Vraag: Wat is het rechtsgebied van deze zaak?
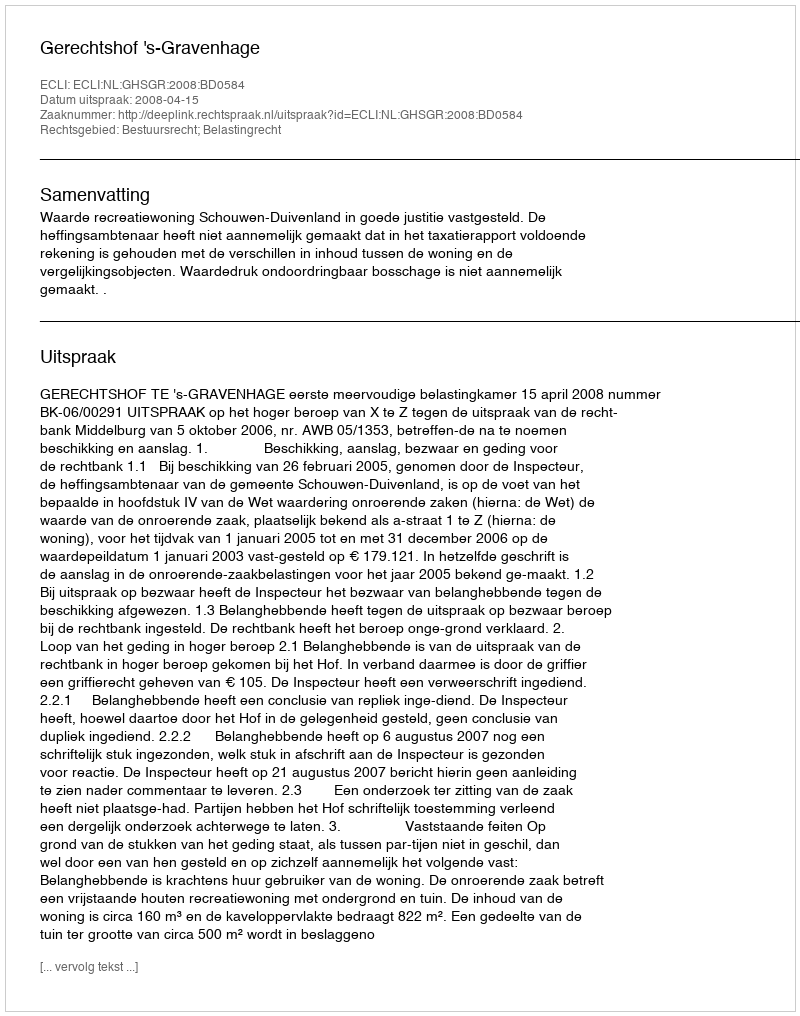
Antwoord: Bestuursrecht; Belastingrecht